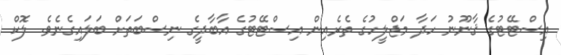
އިސްޓޭޓުގެ ޤާނޫނު ހަދާ މަޖްލީހުގެ ތެރެއިން އިސްޓޭޓުގެ އާބާދީގެ ނިސްބަތަށް ބަލައިގެނެވެ. ލޮކް